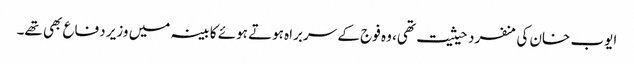
ایوب خان کی منفرد حیثیت تھی، وہ فوج کے سربراہ ہوتے ہوئے کابینہ میں وزیر دفاع بھی تھے۔